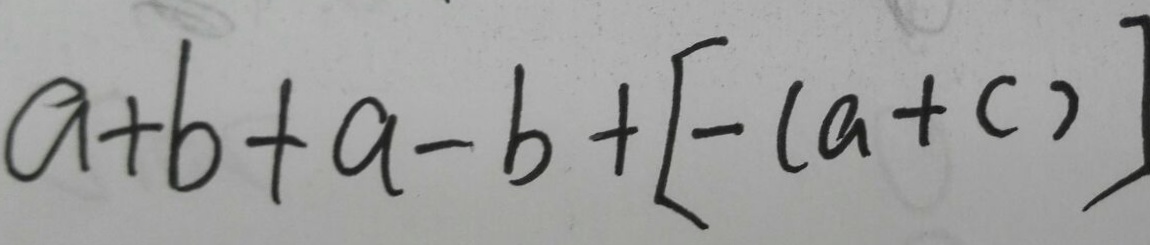
a + b + a - b + [ - ( a + c ) ]